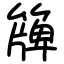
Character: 簰